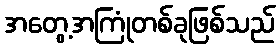
အတွေ့အကြုံတစ်ခုဖြစ်သည်